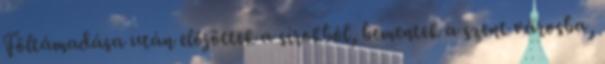
Föltámadása után előjöttek a sírokból, bementek a szent városba,